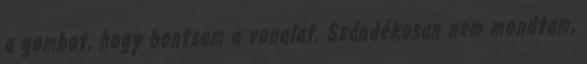
a gombot, hogy bontsam a vonalat. Szándékosan nem mondtam,